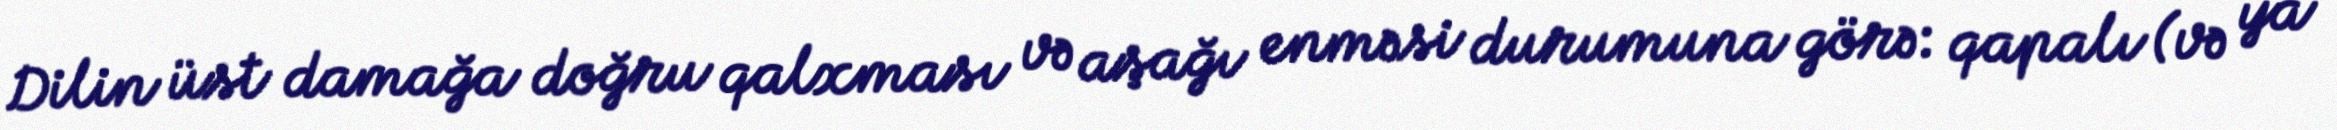
Dilin üst damağa doğru qalxması və aşağı enməsi durumuna görə: qapalı (və ya